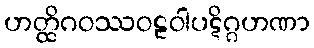
ဟတ္ထိဂဝဿဝဠဝါပဋိဂ္ဂဟဏာ